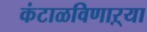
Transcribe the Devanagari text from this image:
कंटाळविणाऱ्या